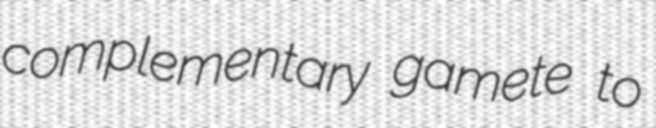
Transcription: complementary gamete to